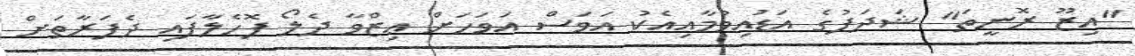
"އިޒޫ ރޮނީތަ" ޝަދަފުގެ އަޑުއިވުމާއިއެކު އަވަސް އަވަހަށް ޢިޒްވާ ދެލޯ ފޮހެލާފައި ދެފަރާތަށް